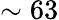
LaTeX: \sim 63